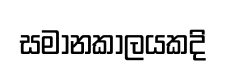
සමානකාලයකදි